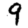
Digit: 9